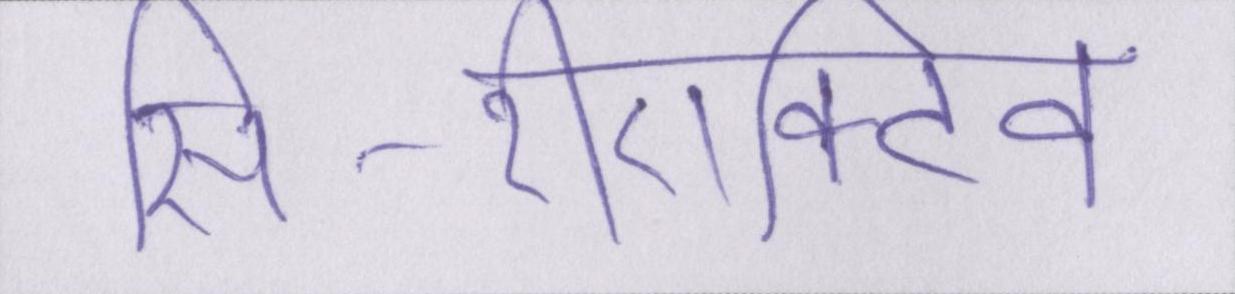
सी-रीएक्टिव